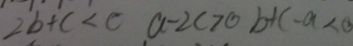
2 b + c < 0 a - 2 c > 0 b + c - a < 0